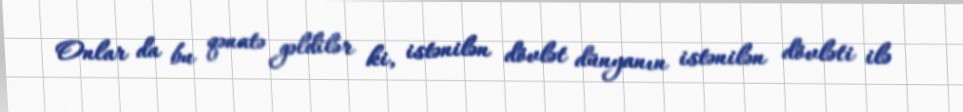
Onlar da bu qənatə gəldilər ki, istənilən dövlət dünyanın istənilən dövləti ilə